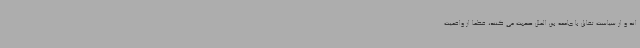
اند و از سیاست تقابل با جامعه بین الملل صحبت می کنند، قطعا از واقعیت